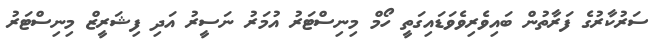
ސަރުކާރުގެ ފަރާތުން ބައިވެރިވެވަޑައިގަތީ ހޯމް މިނިސްޓަރު އުމަރު ނަސީރު އަދި ފިޝަރީޒް މިނިސްޓަރު